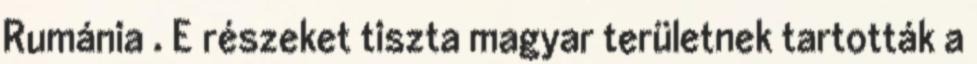
Rumánia . E részeket tiszta magyar területnek tartották a